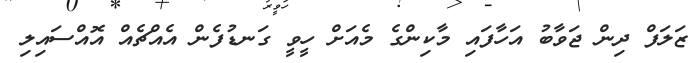
ޒަލަފް ދިން ޖަވާބު އަހާފައި މާކިންގެ މެއަށް ހީވީ ގަނޑުފެން އެއްޗެއް އޮއްސައިލި